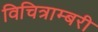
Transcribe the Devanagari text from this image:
विचित्राम्बरी